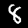
Label: 8